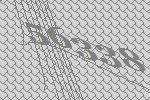
56338